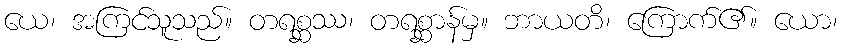
ယေ၊ အကြင်သူသည်။ တရစ္ဆဿ၊ တရစ္ဆာန်မှ။ ဘာယတိ၊ ကြောက်၏။ ယော၊